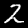
Digit: 2